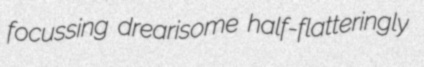
focussing drearisome half-flatteringly